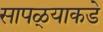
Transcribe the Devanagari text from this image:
सापळ्याकडे